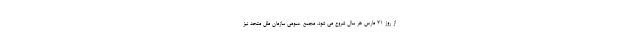
از روز 21 مارس هر سال شروع می شود. مجمع عمومی سازمان ملل متحد نیز